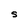
Character: S